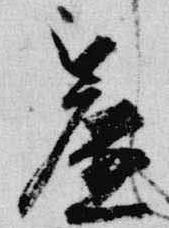
簾